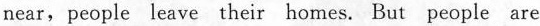
near,people leave their homes. But people are